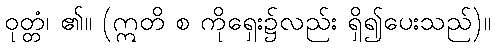
ဝုတ္တံ၊ ၏။ (ဣတိ စ ကိုရှေး၌လည်း ရှိ၍ပေးသည်)။